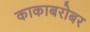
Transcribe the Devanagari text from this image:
काकाबरोबर